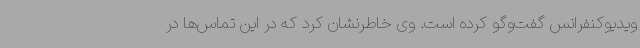
ویدیوکنفرانس گفت‌وگو کرده است. وی خاطرنشان کرد که در این تماس‌ها در